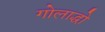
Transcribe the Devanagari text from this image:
गोलाद्धो